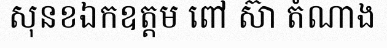
សុនខឯកឧត្តម ពៅ ស៊ា តំណាង